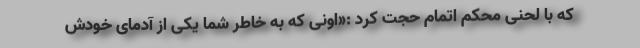
که با لحنی محکم اتمام حجت کرد :«اونی که به خاطر شما یکی از آدمای خودش